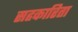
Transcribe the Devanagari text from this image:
सहकारिता